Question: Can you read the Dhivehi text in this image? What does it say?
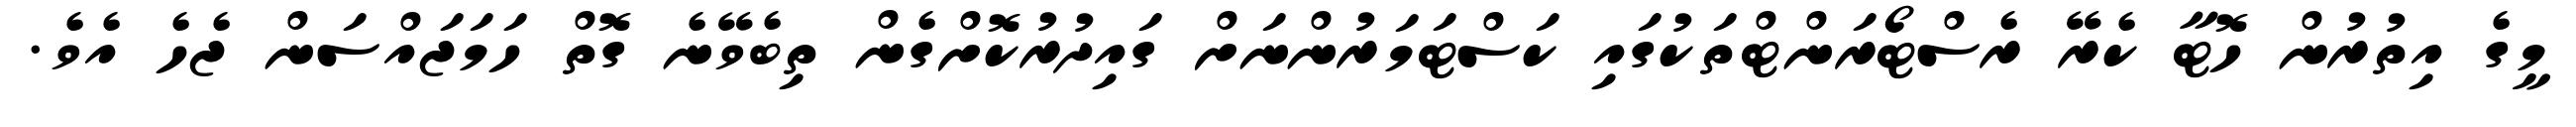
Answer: މީގެ އިތުރުން ހޮޓާ ކެރޭ ރެސްޓޯރަންޓްތަކުގައި ކަސްޓަމަރުންނަށް ގައިދުރުކޮށްގެން ތިބެވޭނެ ގޮތް ހަމަޖައްސަން ޖެހެ އެވެ.